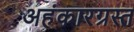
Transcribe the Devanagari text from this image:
अहंकारग्रस्त